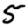
Digit: 5